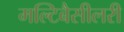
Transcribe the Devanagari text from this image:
मल्टिबैसीलरी